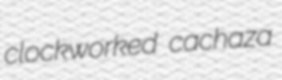
clockworked cachaza